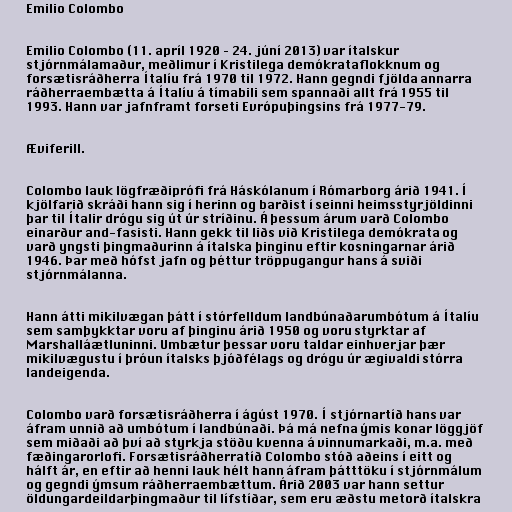
Emilio Colombo

Emilio Colombo (11. apríl 1920 – 24. júní 2013) var ítalskur
stjórnmálamaður, meðlimur í Kristilega demókrataflokknum og
forsætisráðherra Ítalíu frá 1970 til 1972. Hann gegndi fjölda annarra
ráðherraembætta á Ítalíu á tímabili sem spannaði allt frá 1955 til
1993. Hann var jafnframt forseti Evrópuþingsins frá 1977-79.

Æviferill.

Colombo lauk lögfræðiprófi frá Háskólanum í Rómarborg árið 1941. Í
kjölfarið skráði hann sig í herinn og barðist í seinni heimsstyrjöldinni
þar til Ítalir drógu sig út úr stríðinu. Á þessum árum varð Colombo
einarður and-fasisti. Hann gekk til liðs við Kristilega demókrata og
varð yngsti þingmaðurinn á ítalska þinginu eftir kosningarnar árið
1946. Þar með hófst jafn og þéttur tröppugangur hans á sviði
stjórnmálanna.

Hann átti mikilvægan þátt í stórfelldum landbúnaðarumbótum á Ítalíu
sem samþykktar voru af þinginu árið 1950 og voru styrktar af
Marshalláætluninni. Umbætur þessar voru taldar einhverjar þær
mikilvægustu í þróun ítalsks þjóðfélags og drógu úr ægivaldi stórra
landeigenda.

Colombo varð forsætisráðherra í ágúst 1970. Í stjórnartíð hans var
áfram unnið að umbótum í landbúnaði. Þá má nefna ýmis konar löggjöf
sem miðaði að því að styrkja stöðu kvenna á vinnumarkaði, m.a. með
fæðingarorlofi. Forsætisráðherratíð Colombo stóð aðeins í eitt og
hálft ár, en eftir að henni lauk hélt hann áfram þátttöku í stjórnmálum
og gegndi ýmsum ráðherraembættum. Árið 2003 var hann settur
öldungardeildarþingmaður til lífstíðar, sem eru æðstu metorð ítalskra